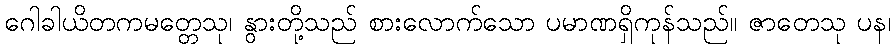
ဂေါခါယိတကမတ္တေသု၊ နွားတို့သည် စားလောက်သော ပမာဏရှိကုန်သည်။ ဇာတေသု ပန၊